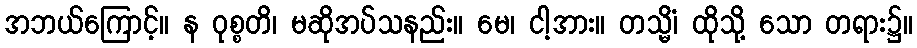
အဘယ်ကြောင့်။ န ဝုစ္စတိ၊ မဆိုအပ်သနည်း။ မေ၊ ငါ့အား။ တသ္မိံ၊ ထိုသို့ သော တရား၌။